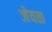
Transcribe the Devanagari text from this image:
जेवळ